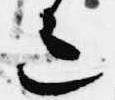
色